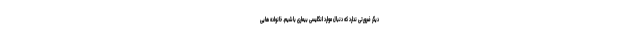
دیگر ضرورتی ندارد که دنبال موارد انگلیسی بیماری باشیم. خانواده هایی